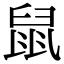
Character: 鼠